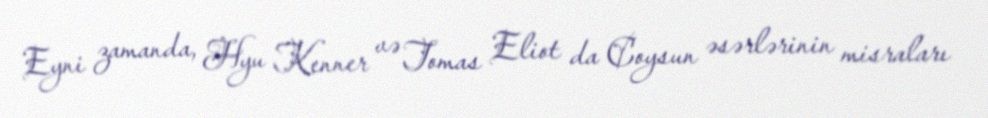
Eyni zamanda, Hyu Kenner və Tomas Eliot da Coysun əsərlərinin misraları